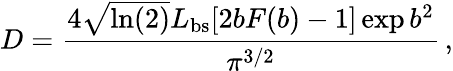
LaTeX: D=\frac{4\sqrt{\ln(2)}L_{\mathrm{bs}}[2bF(b)-1]\exp{b^{2}}}{\pi^{3/2}}\, ,